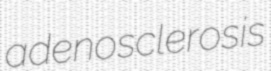
adenosclerosis